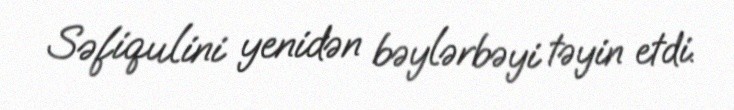
Səfiqulini yenidən bəylərbəyi təyin etdi.